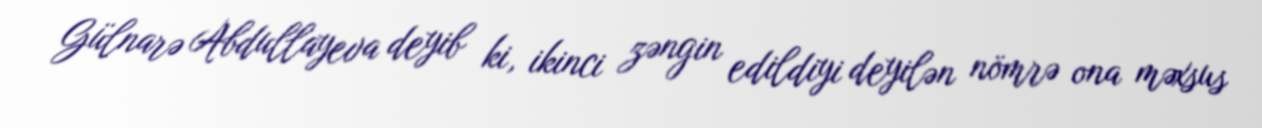
Gülnarə Abdullayeva deyib ki, ikinci zəngin edildiyi deyilən nömrə ona məxsus